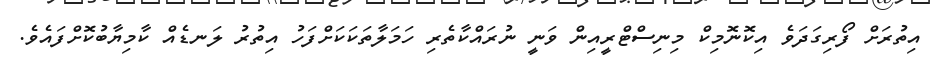
އިތުރަށް ފޯރިގަދަވެ އިކޮނޮމިކް މިނިސްޓްރީއިން ވަނީ ނުރައްކާތެރި ހަމަލާތަކަކަށްފަހު އިތުރު ލަނޑެއް ކާމިޔާބުކޮށްފައެވެ.